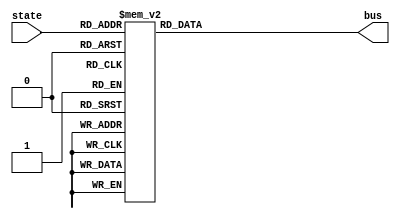
module Day5_3x8_Decoder(input [2:0]state,
                        output reg [7:0]bus);
  
  always @ (*)
    begin
      case (state)
          3'b000: bus = 8'b00000001;
          3'b001: bus = 8'b00000010;
          3'b010: bus = 8'b00000100;
          3'b011: bus = 8'b00001000;
          3'b100: bus = 8'b00010000;
          3'b101: bus = 8'b00100000;
          3'b110: bus = 8'b01000000;
          3'b111: bus = 8'b10000000;
         default: bus = 8'b00000000;
      endcase
    end
endmodule